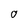
Character: 0